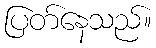
ပြတ်နေသည်။